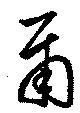
爾